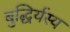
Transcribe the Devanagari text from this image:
बुद्धिर्यस्य